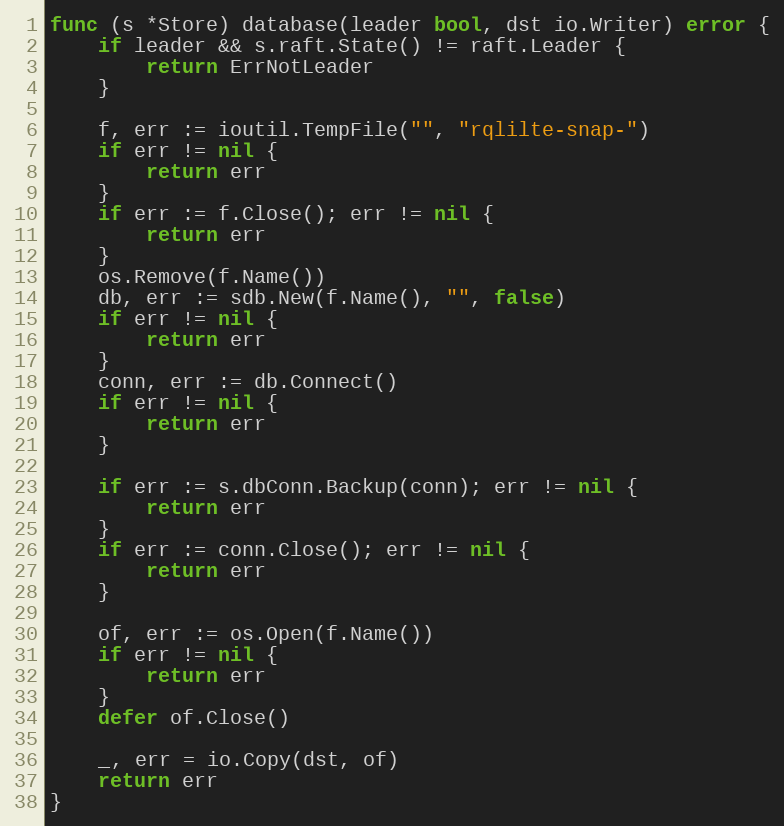
Language: Go
func (s *Store) database(leader bool, dst io.Writer) error {
	if leader && s.raft.State() != raft.Leader {
		return ErrNotLeader
	}

	f, err := ioutil.TempFile("", "rqlilte-snap-")
	if err != nil {
		return err
	}
	if err := f.Close(); err != nil {
		return err
	}
	os.Remove(f.Name())
	db, err := sdb.New(f.Name(), "", false)
	if err != nil {
		return err
	}
	conn, err := db.Connect()
	if err != nil {
		return err
	}

	if err := s.dbConn.Backup(conn); err != nil {
		return err
	}
	if err := conn.Close(); err != nil {
		return err
	}

	of, err := os.Open(f.Name())
	if err != nil {
		return err
	}
	defer of.Close()

	_, err = io.Copy(dst, of)
	return err
}